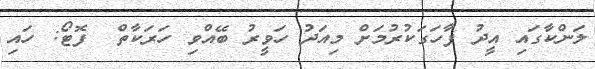
ލަންކާގައި އީދު ފާހަގަކުރުމަށް މިއަދު ހަވީރު ބޭއްވި ހަރަކާތް  ފޮޓޯ: ހައި